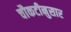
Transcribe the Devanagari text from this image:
चौकटीनुसार